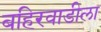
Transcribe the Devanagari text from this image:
बहिरवाडीला